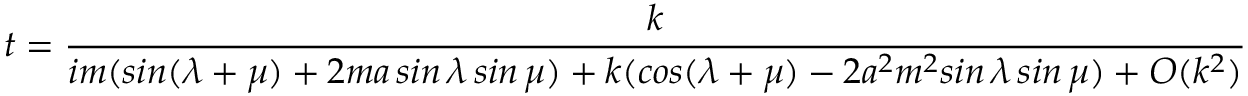
t = \frac { k } { i m ( s i n ( \lambda + \mu ) + 2 m a \, s i n \, \lambda \, s i n \, \mu ) + k ( c o s ( \lambda + \mu ) - 2 a ^ { 2 } m ^ { 2 } s i n \, \lambda \, s i n \, \mu ) + O ( k ^ { 2 } ) }